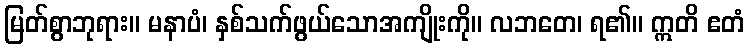
မြတ်စွာဘုရား။ မနာပံ၊ နှစ်သက်ဖွယ်သောအကျိုးကို။ လဘတေ၊ ရ၏။ ဣတိ ဧတံ